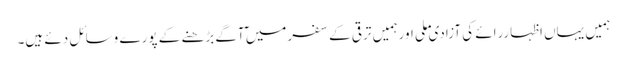
ہمیں یہاں اظہاررائے کی آزادی ملی اورہمیں ترقی کے سفرمیں ٓآگے بڑھنے کے پورے وسائل دئے ہیں۔